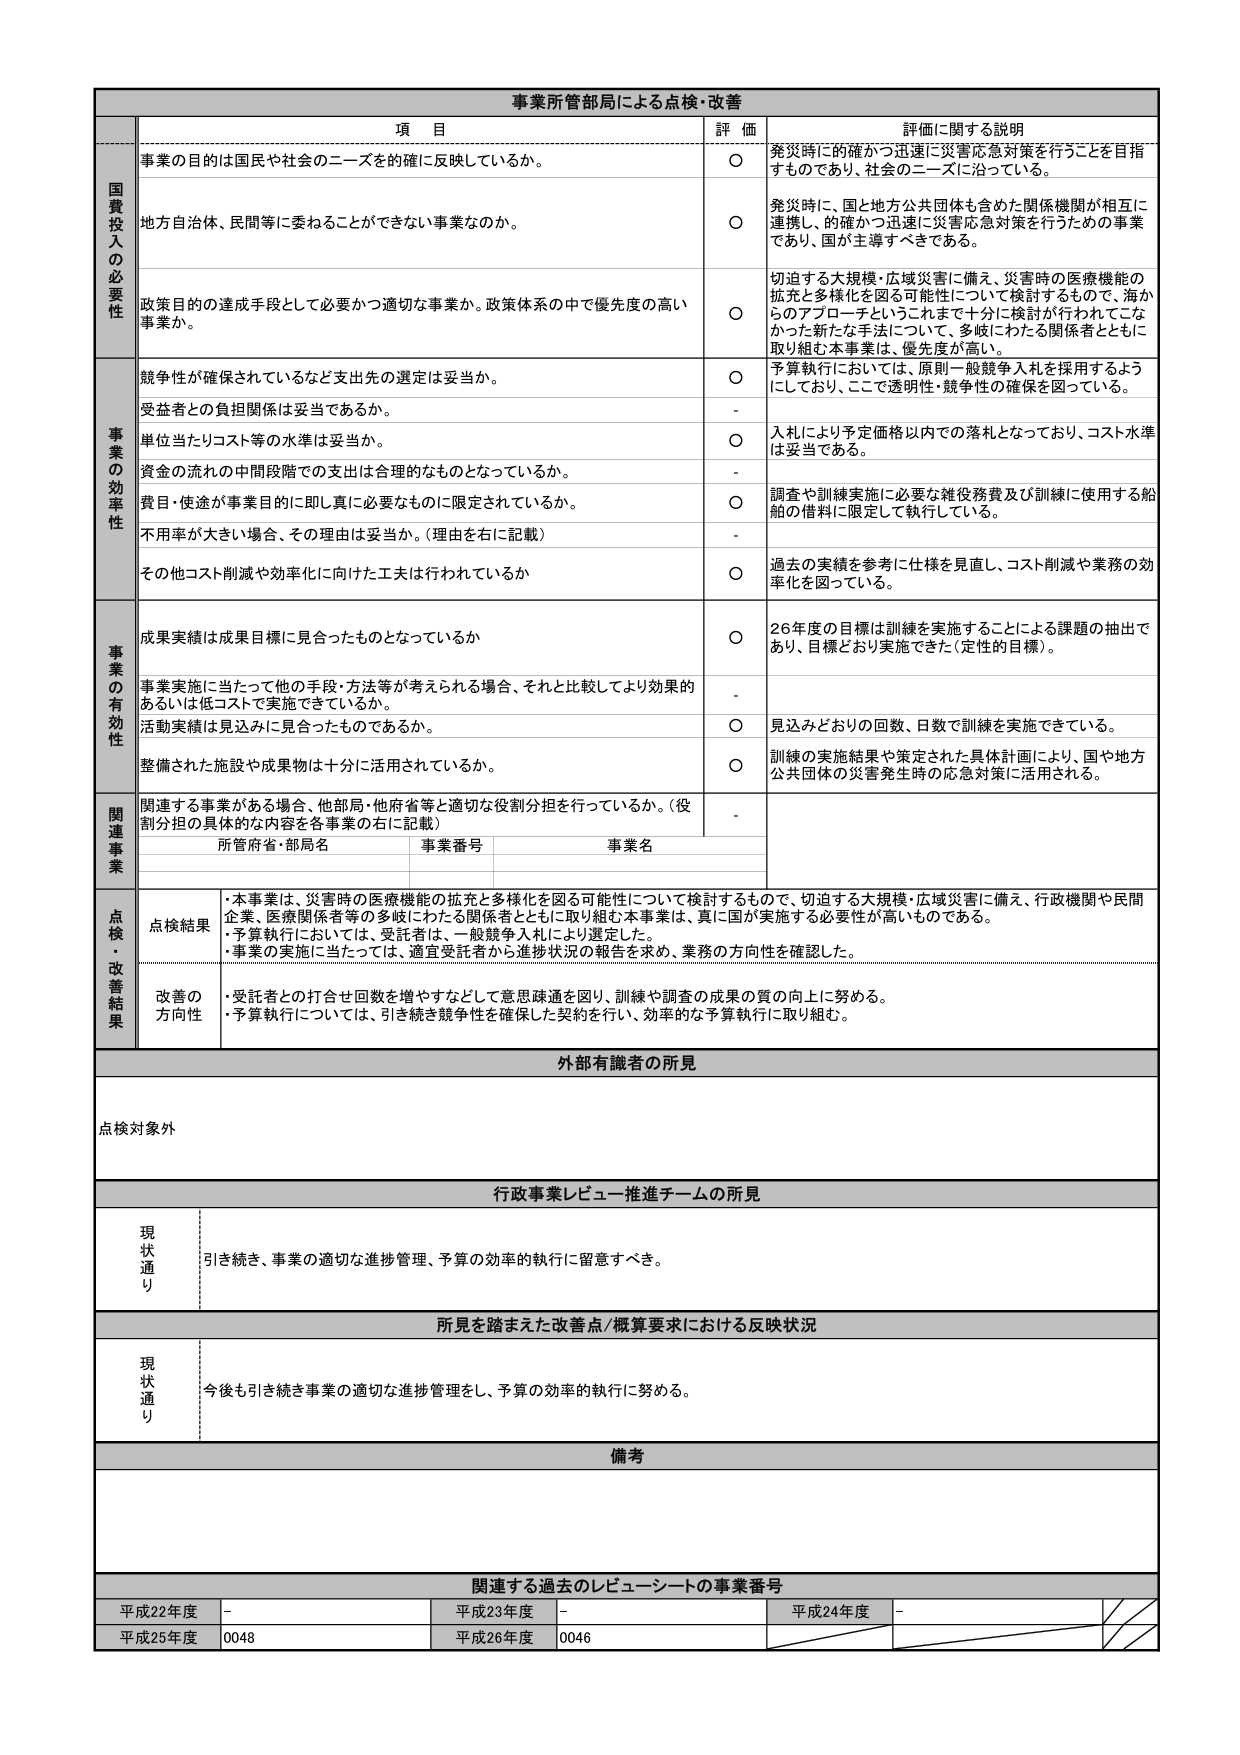
事業所管部局による点検・改善

項 目 評 価 評価に関する説明

国費投入の必要性
事業の目的は国民や社会のニーズを確に反映しているか。
○ 発災時に的確かつ迅速に災害応急対策を行うことを目指すものであり、社会のニーズに沿っている。

地方自治体、民間等に委ねることができない事業なのか。
○ 発災時に、国と地方公共団体も含めた関係機関が相互に連携し、的確かつ迅速に災害応急対策を行うための事業であり、国が主導すべきである。

政策目的の達成手段として必要かつ適切な事業か、政策体系の中で優先度の高い事業か。
○ 切迫する大規模・広域災害に備え、災害時の医療機能の拡充と多様化を図る可能性について検討するもので、海からのアプローチというこれまで十分に検討が行われてこなかった新たな手法について、多岐にわたる関係者とともに取り組む本事業は、優先度が高い。

事業の効率性
競争性が確保されているなど支出先の選定は妥当か。
○ 予算執行においては、原則一般競争入札を採用するようにしており、ここで透明性・競争性の確保を図っている。

受益者との負担関係は妥当であるか。
-

単位当たりコスト等の水準は妥当か。
○ 入札により予定価格以内での落札となっており、コスト水準は妥当である。

資金の流れの中間段階での支出は合理的なものとなっているか。
-

費目・用途が事業目的に即し真に必要なものに限定されているか。
○ 調査や訓練実施に必要な雑役務費及び訓練に使用する船舶の借料に限定して執行している。

不用率が大きい場合、その理由は妥当か。（理由を右に記載）
-

その他コスト削減や効率化に向けた工夫は行われているか
○ 過去の実績を参考に仕様を見直し、コスト削減や業務の効率化を図っている。

事業の有効性
成果実績は成果目標に見合ったものとなっているか
○ 26年度の目標は訓練を実施することによる課題の抽出であり、目標どおり実施できた（定性的目標）。

事業実施に当たって他の手段・方法等が考えられる場合、それと比較してより効果的あるいは低コストで実施できているか。
-

活動実績は見込みに見合ったものであるか。
○ 見込みどおりの回数、日数で訓練を実施できている。

整備された施設や成果物は十分に活用されているか。
○ 訓練の実施結果や策定された具体計画により、国や地方公共団体の災害発生時の応急対策に活用される。

関連事業
関連する事業がある場合、他部局・他府省等と適切な役割分担を行っているか。（役割分担の具体的な内容を各事業の右に記載）
-

所管府省・部局名 事業番号 事業名

点検・改善結果
点検結果
・本事業は、災害時の医療機能の拡充と多様化を図る可能性について検討するもので、切迫する大規模・広域災害に備え、行政機関や民間企業、医療関係者等の多岐にわたる関係者とともに取り組む本事業は、真に国が実施する必要性が高いものである。
・予算執行においては、受託者は、一般競争入札により選定した。
・事業の実施に当たっては、適宜受託者から進捗状況の報告を求め、業務の方向性を確認した。

改善の方向性
・受託者との打合せ回数を増やすなどして意思疎通を図り、訓練や調査の成果の質の向上に努める。
・予算執行については、引き続き競争性を確保した契約を行い、効率的な予算執行に取り組む。

外部有識者の所見
点検対象外

行政事業レビュー推進チームの所見
現状通り 引き続き、事業の適切な進捗管理、予算の効率的執行に留意すべき。

所見を踏まえた改善点/概算要求における反映状況
現状通り 今後も引き続き事業の適切な進捗管理をし、予算の効率的執行に努める。

備考

関連する過去のレビュー・シートの事業番号
平成22年度 - 平成23年度 - 平成24年度 -
平成25年度 0048 平成26年度 0046